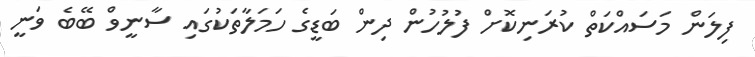
ފިލަން މަސައްކަތް ކުރަނިކޮށް ފުލުހުން ދިން ބަޑީގެ ހަމަލާތަކުގައި ސާނީވް ބޭބެ ވަނީ